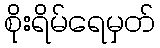
စိုးရိမ်ရေမှတ်